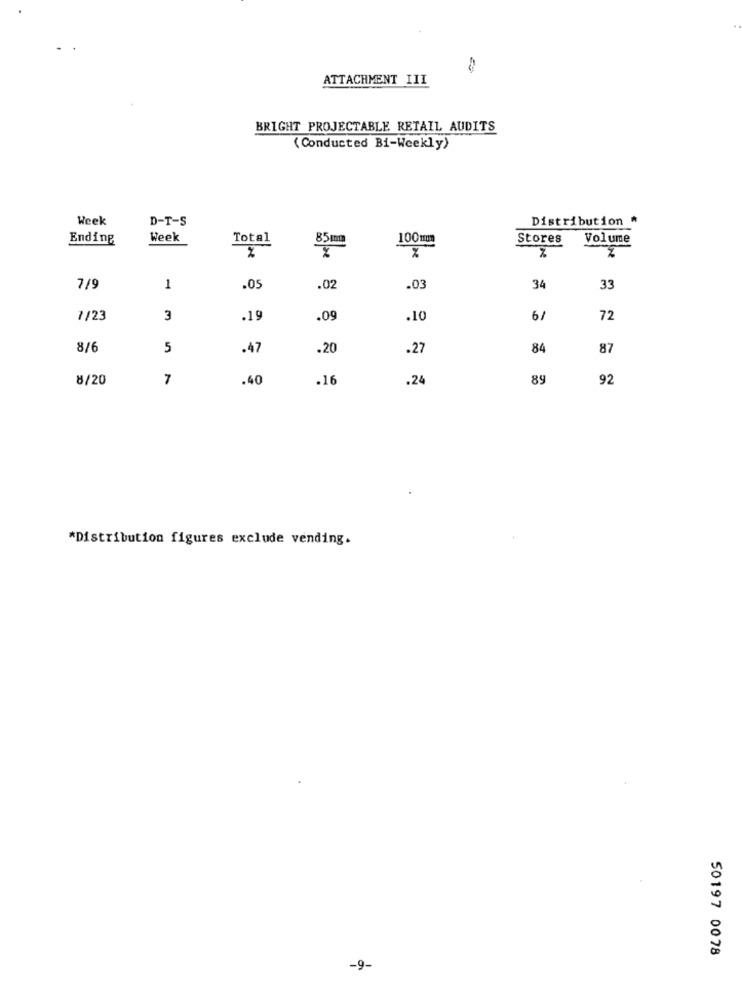
ATTACHMENT III
BRIGHT PROJECTABLE RETAIL AUDITS
(Conducted Bi-Weekly)
Week
D-T-S
Distribution *
Ending
Week
Total
100mm
Stores
Volume
=
%
7/9
1
.05
.02
.03
34
33
7/23
3
.19
.09
.10
6/
72
8/6
5
.47
.20
.27
84
87
8/20
7
.40
.16
.24
89
92
*Distribution figures exclude vending.
50197 0078
-9-